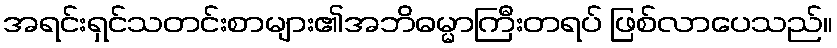
အရင်းရှင်သတင်းစာများ၏အဘိဓမ္မာကြီးတရပ် ဖြစ်လာပေသည်။